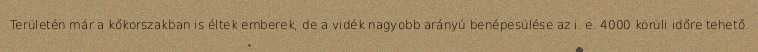
Területén már a kőkorszakban is éltek emberek, de a vidék nagyobb arányú benépesülése az i. e. 4000 körüli időre tehető.